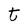
Character: t